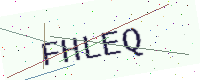
Text: FHLEQ